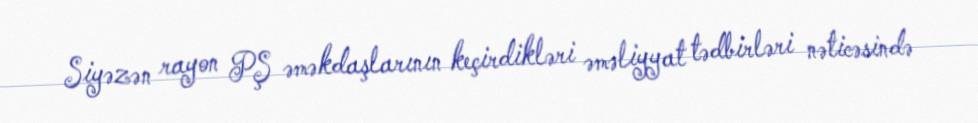
Siyəzən rayon PŞ əməkdaşlarının keçirdikləri əməliyyat tədbirləri nəticəsində